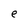
Character: e